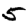
Digit: 5